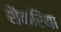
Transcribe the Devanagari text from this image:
शैकरिया